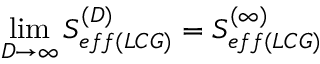
\operatorname * { l i m } _ { D \rightarrow \infty } S _ { e f f ( L C G ) } ^ { ( D ) } = S _ { e f f ( L C G ) } ^ { ( \infty ) }